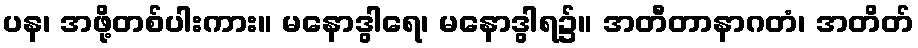
ပန၊ အဖို့တစ်ပါးကား။ မနောဒွါရေ၊ မနောဒွါရ၌။ အတီတာနာဂတံ၊ အတိတ်